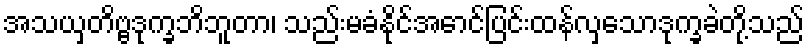
အသယှတိဗ္ဗဒုက္ခဘိဘူတာ၊ သည်းမခံနိုင်အောင်ပြင်းထန်လှသောဒုက္ခခဲတို့သည်